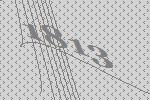
1813